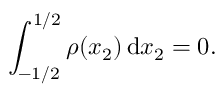
\int _ { - 1 / 2 } ^ { 1 / 2 } \rho ( x _ { 2 } ) \, \mathrm { d } x _ { 2 } = 0 .